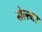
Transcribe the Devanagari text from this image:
सेल्त्जर